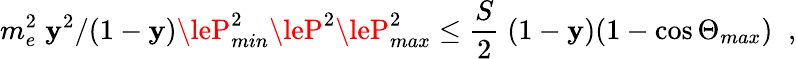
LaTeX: m_{e}^{2}\; \mathbf{y}^{2}/(1-\mathbf{y})\leP_{min}^{2}\leP^{2}\leP_{max}^{2}\le\frac{{S}}{{2}}\; (1-\mathbf{y})(1-\cos\Theta_{max})\; \; ,